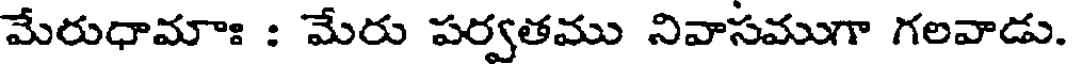
మేరుధామాః : మేరు పర్వతము నివాసముగా గలవాడు.